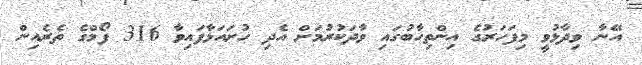
އޭނާ ވިދާޅުވީ މިފަހަރުގެ އިންތިހާބުގައި ވާދަކުރުމަށް އެދި ހުށައަޅާފައިވާ 316 ފޯމްގެ ތެރެއިން